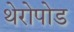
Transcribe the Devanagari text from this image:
थेरोपोड